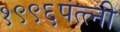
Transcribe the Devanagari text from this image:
१९९६पत्त्नी